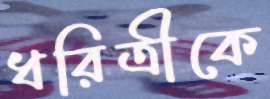
ধরিত্রীকে